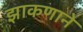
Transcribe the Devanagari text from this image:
झाकणाने